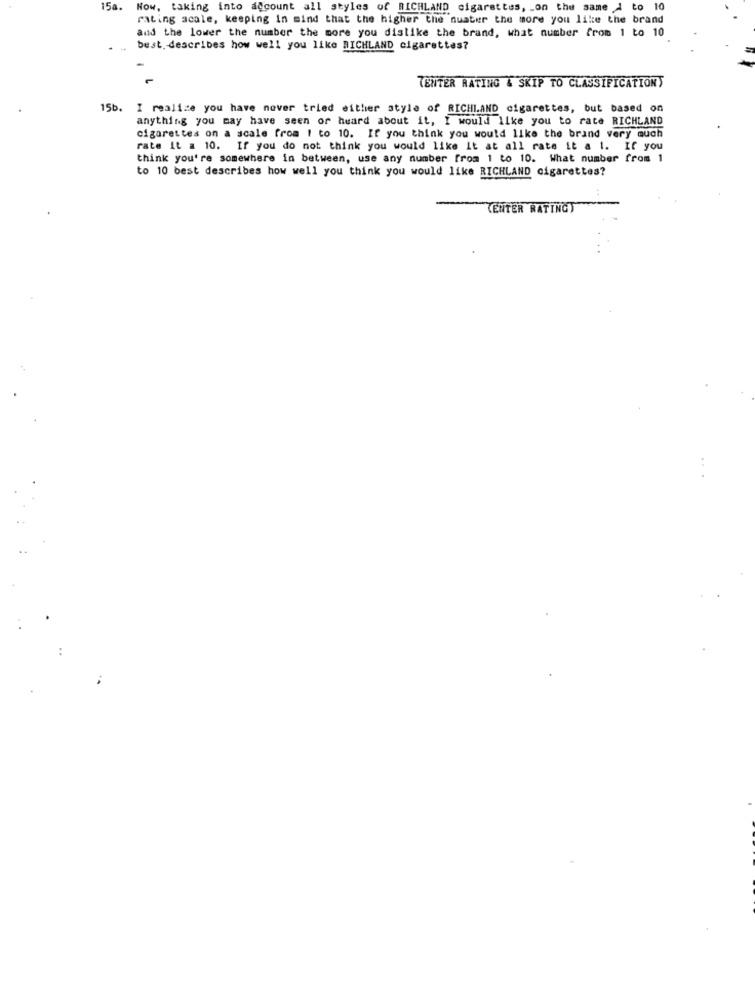
15a.
Now, taking into account all styles of RICHLAND cigarettes, _ on the same d to 10
rating scale, keeping in mind that the higher the quater the more you like the brand
and the lower the number the more you dislike the brand, what number from 1 to 10
best. describes how well you like RICHLAND cigarettes?
TENTER RATING & SKIP TO CLASSIFICATIONS
15b. I realize you have never tried either style of RICHLAND cigarettes, but based on
anything you may have seen or heard about it, I would like you to rate RICHLAND
cigarettes on a scale from 1 to 10. If you think you would like the brand very much
rate it a 10. If you do not think you would like it at all rate it a 1. If you
think you're somewhere in between, use any number from 1 to 10. What number from 1
to 10 best describes how well you think you would like RICHLAND cigarettes?
(ENTER RATINGS